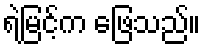
ရဲမြင့်က ဖြေသည်။